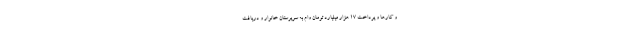
و کارها و پرداخت 17 هزار میلیارد تومان وام به سرپرستان خانوار و دریافت